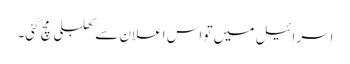
اسرائیل میں تو اس اعلان سے کھلبلی مچ گئی۔